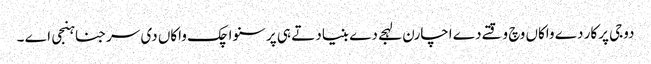
دوجی پرکار دے واکاں وچ وقتے دے اچارن لہجے دے بنیاد تے ہی پرسنواچک واکاں دی سرجنا ہنجی اے ۔